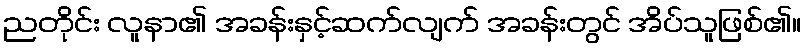
ညတိုင်း လူနာ၏ အခန်းနှင့်ဆက်လျက် အခန်းတွင် အိပ်သူဖြစ်၏။